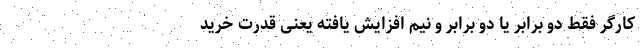
کارگر فقط دو برابر یا دو برابر و نیم افزایش یافته یعنی قدرت خرید